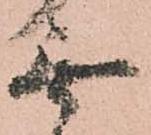
無